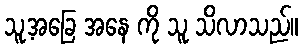
သူ့အခြေ အနေ ကို သူ သိလာသည်။